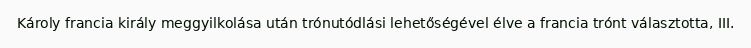
Károly francia király meggyilkolása után trónutódlási lehetőségével élve a francia trónt választotta, III.